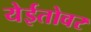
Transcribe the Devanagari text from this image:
येईतोवर